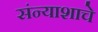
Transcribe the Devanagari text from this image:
संन्याशाचे